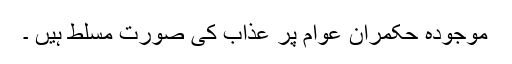
موجودہ حکمران عوام پر عذاب کی صورت مسلط ہیں ۔